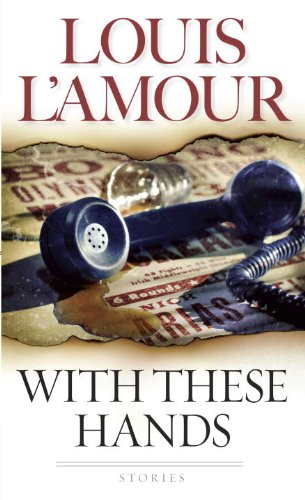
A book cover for With These Hands: Stories; Louis L'Amour; Literature & Fiction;